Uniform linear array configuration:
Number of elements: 32
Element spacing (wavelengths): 0.5
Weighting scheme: kaiser
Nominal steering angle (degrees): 60
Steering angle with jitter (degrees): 58.042
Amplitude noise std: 0.05
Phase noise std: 0.05

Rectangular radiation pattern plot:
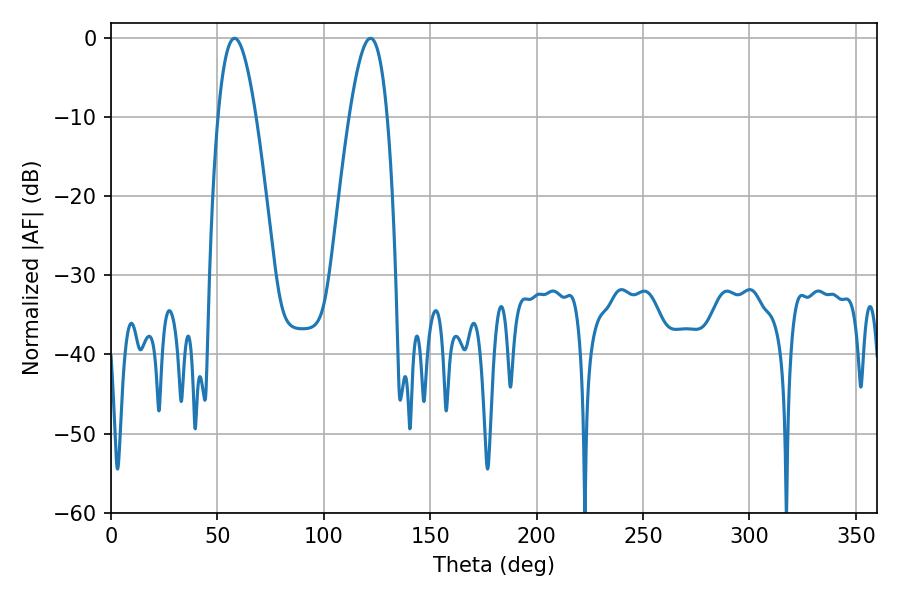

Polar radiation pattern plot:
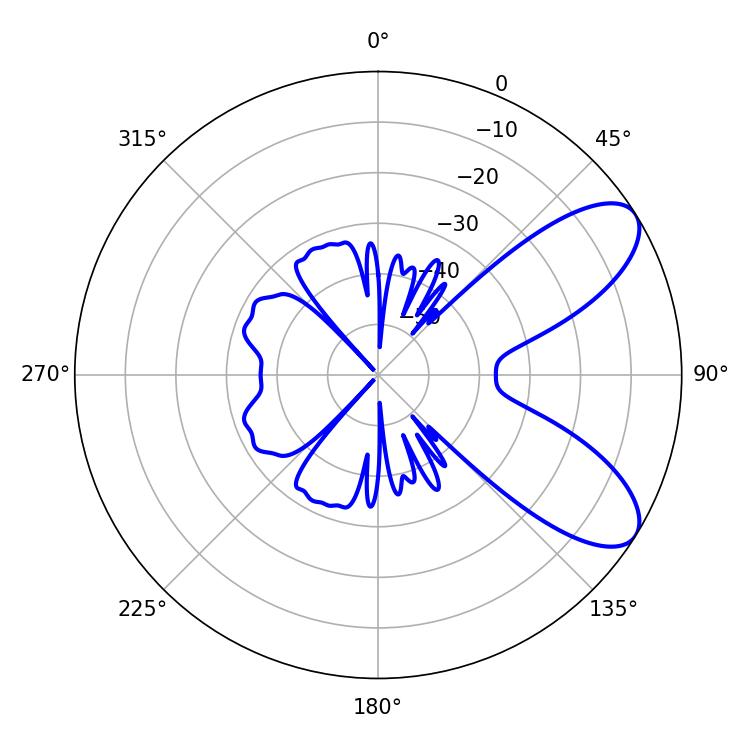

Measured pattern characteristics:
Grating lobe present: FALSE
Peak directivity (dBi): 8.058
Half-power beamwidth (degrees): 9.72
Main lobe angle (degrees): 58.14